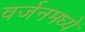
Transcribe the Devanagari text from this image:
वर्जनमध्ये